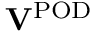
\mathbf { V } ^ { \mathrm { P O D } }